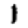
Digit: 1